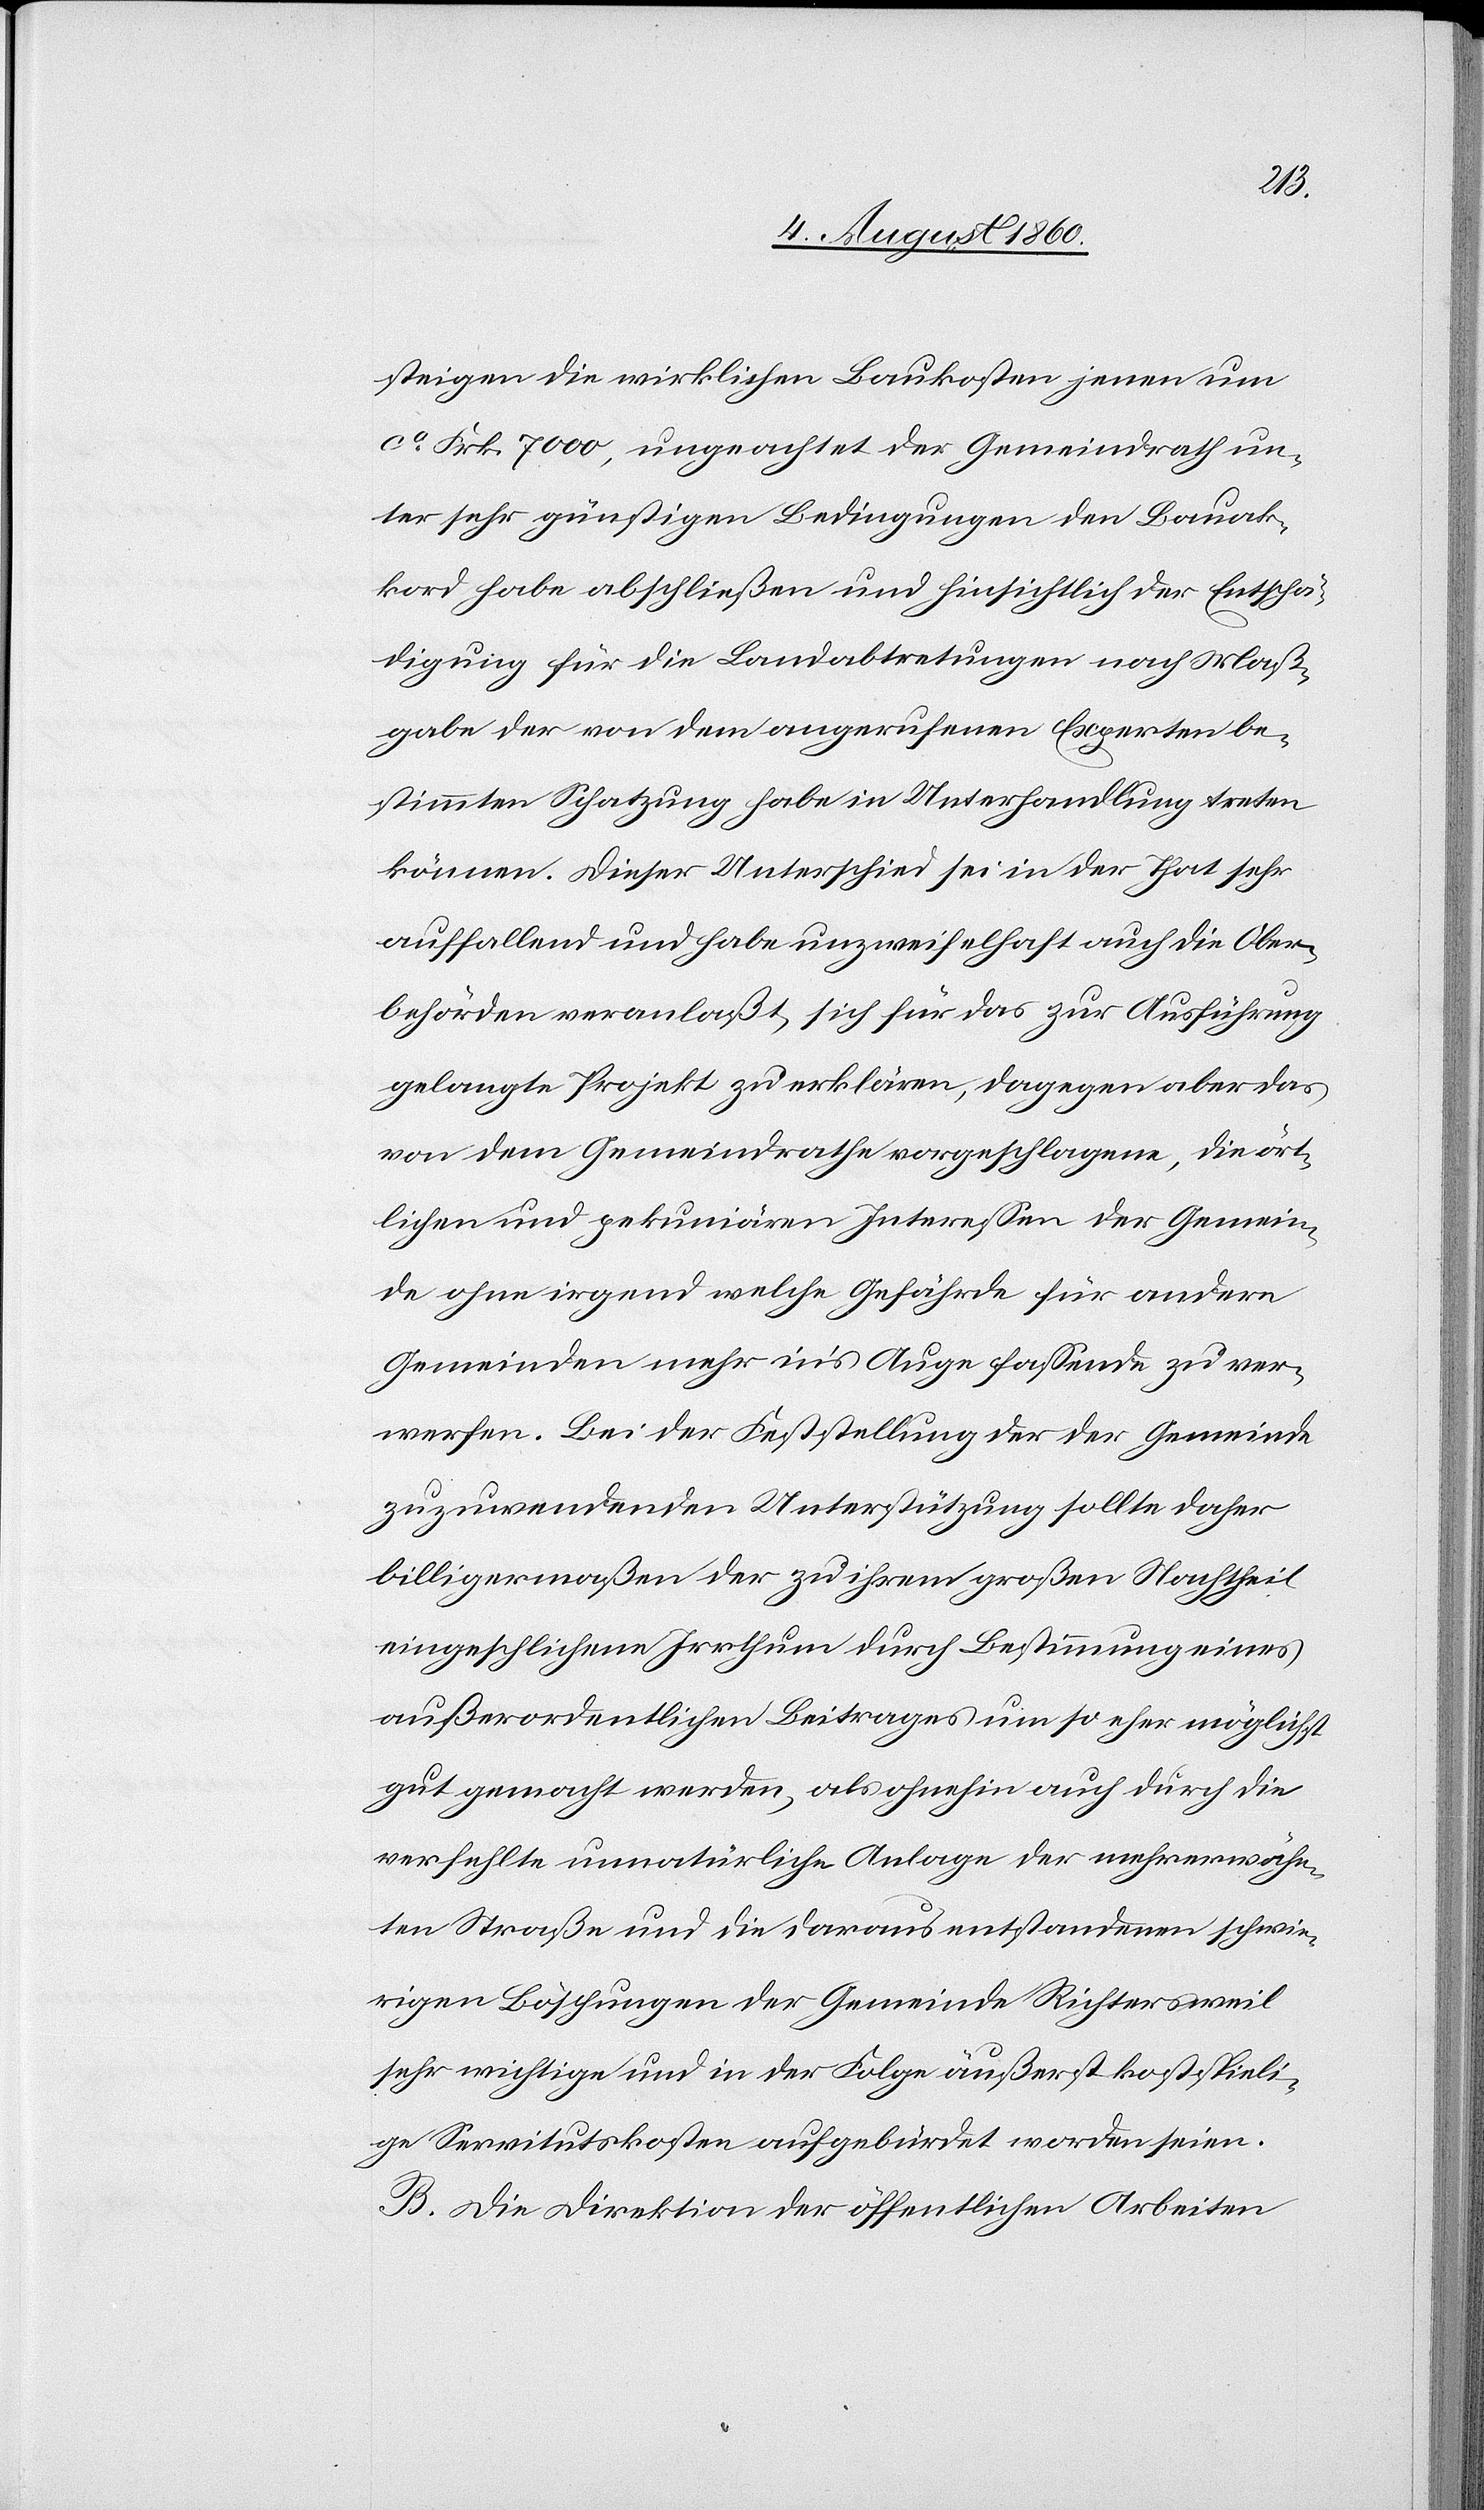
steigen die wirklichen Baukosten jenen u¬
m ca 7000 fcs., ungeachtet der Gemeindrath un¬
ter sehr günstigen Bedingungen den Bauak¬
kord habe abschliessen, und hinsichtlich der Entschä¬
digung für die Landabtretungen nach Mass¬
gabe der von dem angerufenen Experten be¬
stimmten Schatzung habe in Unterhandlung treten
können. Dieser Unterschied sei in der That sehr
auffallend und habe unzweifelhaft auch die Ober¬
behörden veranlasst, sich für das zur Ausführung
gelangte Projekt zu erklären, dagegen aber das
von dem Gemeindrathe vorgeschlagene, die ört¬
lichen und pekuniären Interessen der Gemein¬
de ohne irgend welche Gefährde für andere
Gemeinden mehr ins Auge fassende zu ver¬
werfen. Bei der Feststellung der der Gemeinde
zuzuwendenden Unterstützung sollte daher
billigermassen der zu ihrem grossen Nachtheil
eingeschlichene Irrthum durch Bestimmung eines
ausserordentlichen Beitrages um so eher möglichst
gut gemacht werden, als ohnehin auch durch die
verfehlte, unnatürliche Anlage der mehrerwähn¬
ten Strasse und die daraus entstandenen schwie¬
rigen Böschungen der Gemeinde Richtersweil
sehr wichtige, und in der Folge äusserst kostspieli¬
ge Servitutslasten aufgebürdet worden seien.
B. Die Direktion der öffentlichen Arbeiten